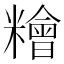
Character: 糩